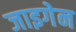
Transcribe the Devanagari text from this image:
जाइगेन